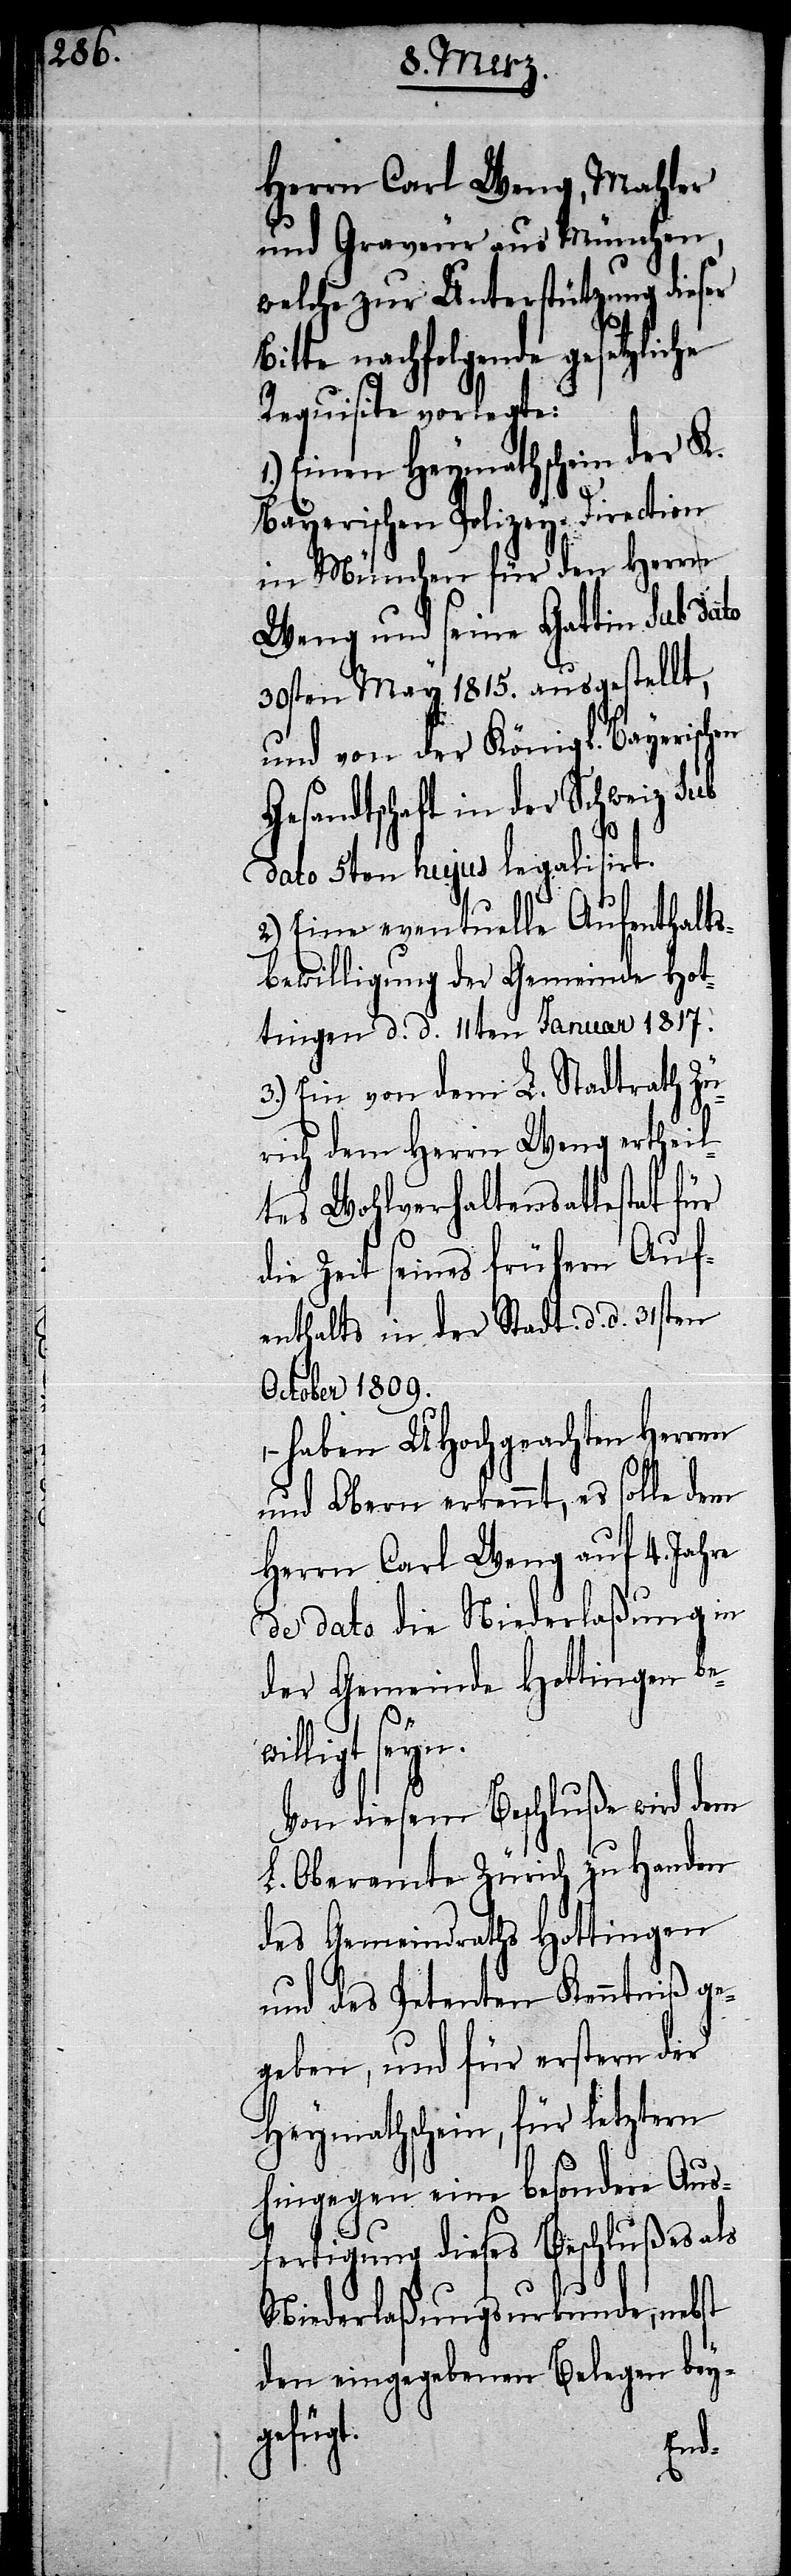
Herrn Carl Weng, Mahler
und Graveur aus München,
welche zur Unterstützung dieser
nachfolgende gesetzliche
Requisite vorlegte:
Einen Heymathschein der K.
Bayerischen Polizey-Direction
in München für den Herrn
Weng und seine Gattin Sub dato
30sten May 1815. ausgestellt,
und von der Königl. Bayerischen
Gesandtschaft in der Schweiz Sub
dato 5ten hujus legalisirt.
2.) Eine eventuelle Aufenthalts¬
bewilligung der Gemeinde Hot¬
tingen d. d. 11ten Januar 1817.
3.) Ein von dem L. Stadtrath Zü¬
rich dem Herrn Weng ertheil¬
tes Wohlverhaltensattestat für
die Zeit seines frühern Auf¬
enthalts in der Stadt d. d. 31sten
October 1809.
– haben UHochgeachten Herren
und Obern erkennt, es solle dem
Herrn Carl Weng auf 4. Jahre
de dato die Niederlaßung in
der Gemeinde Hottingen be¬
ligt seyn.
Von diesem Beschluße wird dem
L. Oberamte Zürich zu Handen
des Gemeindraths Hottingen
und des Petenten Kenntniß ge¬
geben, und für erstern der
Heymathschein, für letztern
hingegen eine besondere Aus¬
fertigung dieses Beschlußes als
Niederlaßungsurkunde, nebst
den eingegebenen Belegen bey¬
gefügt.
wil¬